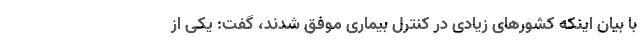
با بیان اینکه کشورهای زیادی در کنترل بیماری موفق شدند، گفت: یکی از